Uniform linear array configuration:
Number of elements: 48
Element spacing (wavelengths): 0.75
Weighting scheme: hamming
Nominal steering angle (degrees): -45
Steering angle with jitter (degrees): -44.362
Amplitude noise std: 0.05
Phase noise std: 0.05

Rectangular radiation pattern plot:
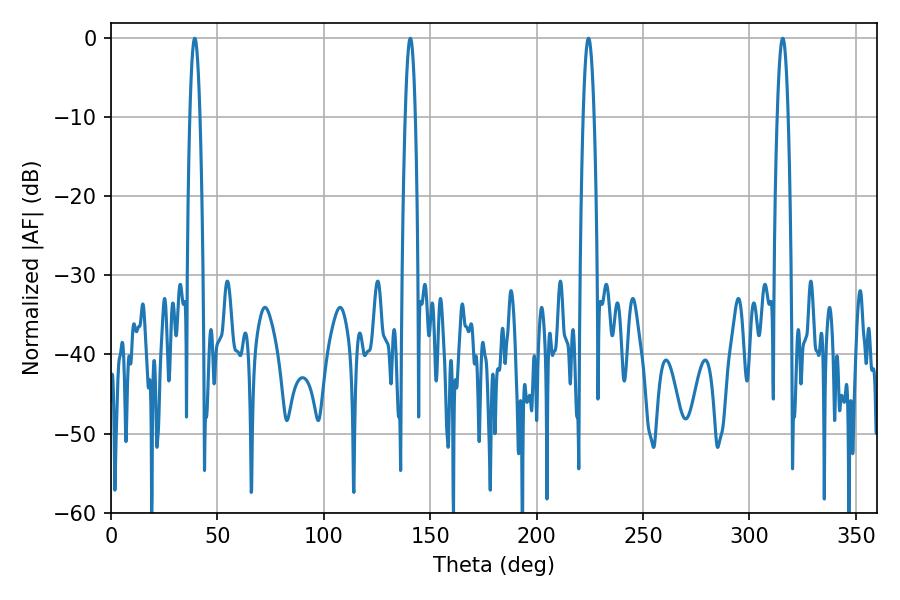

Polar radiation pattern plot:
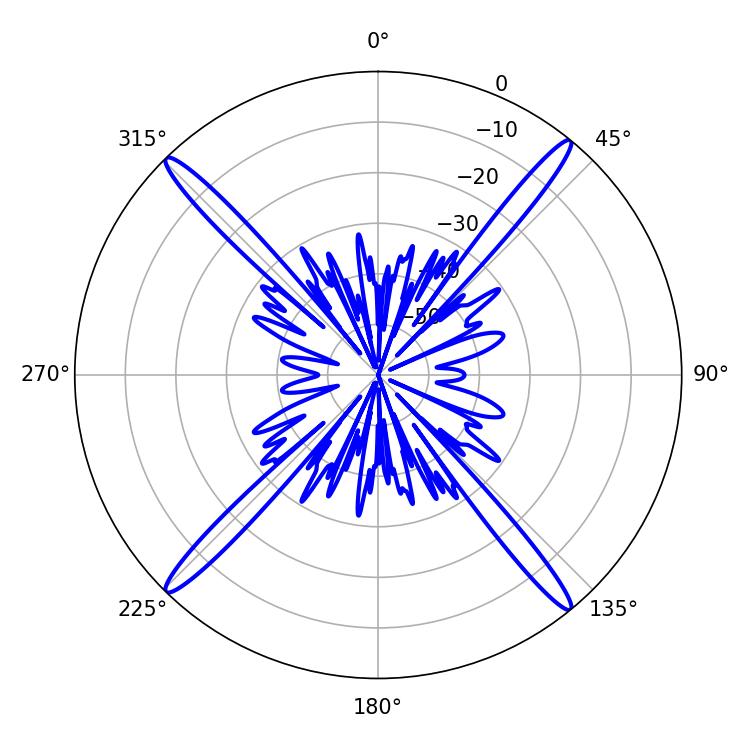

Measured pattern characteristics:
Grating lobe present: TRUE
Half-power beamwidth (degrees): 2.52
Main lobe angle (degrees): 140.58